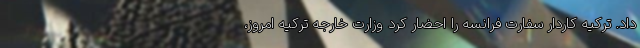
داد. ترکیه کاردار سفارت فرانسه را احضار کرد وزارت خارجه ترکیه امروز،